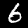
Digit: 6